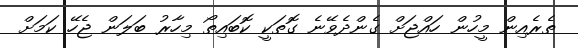
ތެރެއިން މީހުން ހައްޖަށް ގެންދެވޭނެ ގޮތަކީ ކޮބައިތޯ މިހާރު ބަލަން ޖެހޭ ކަމަށް